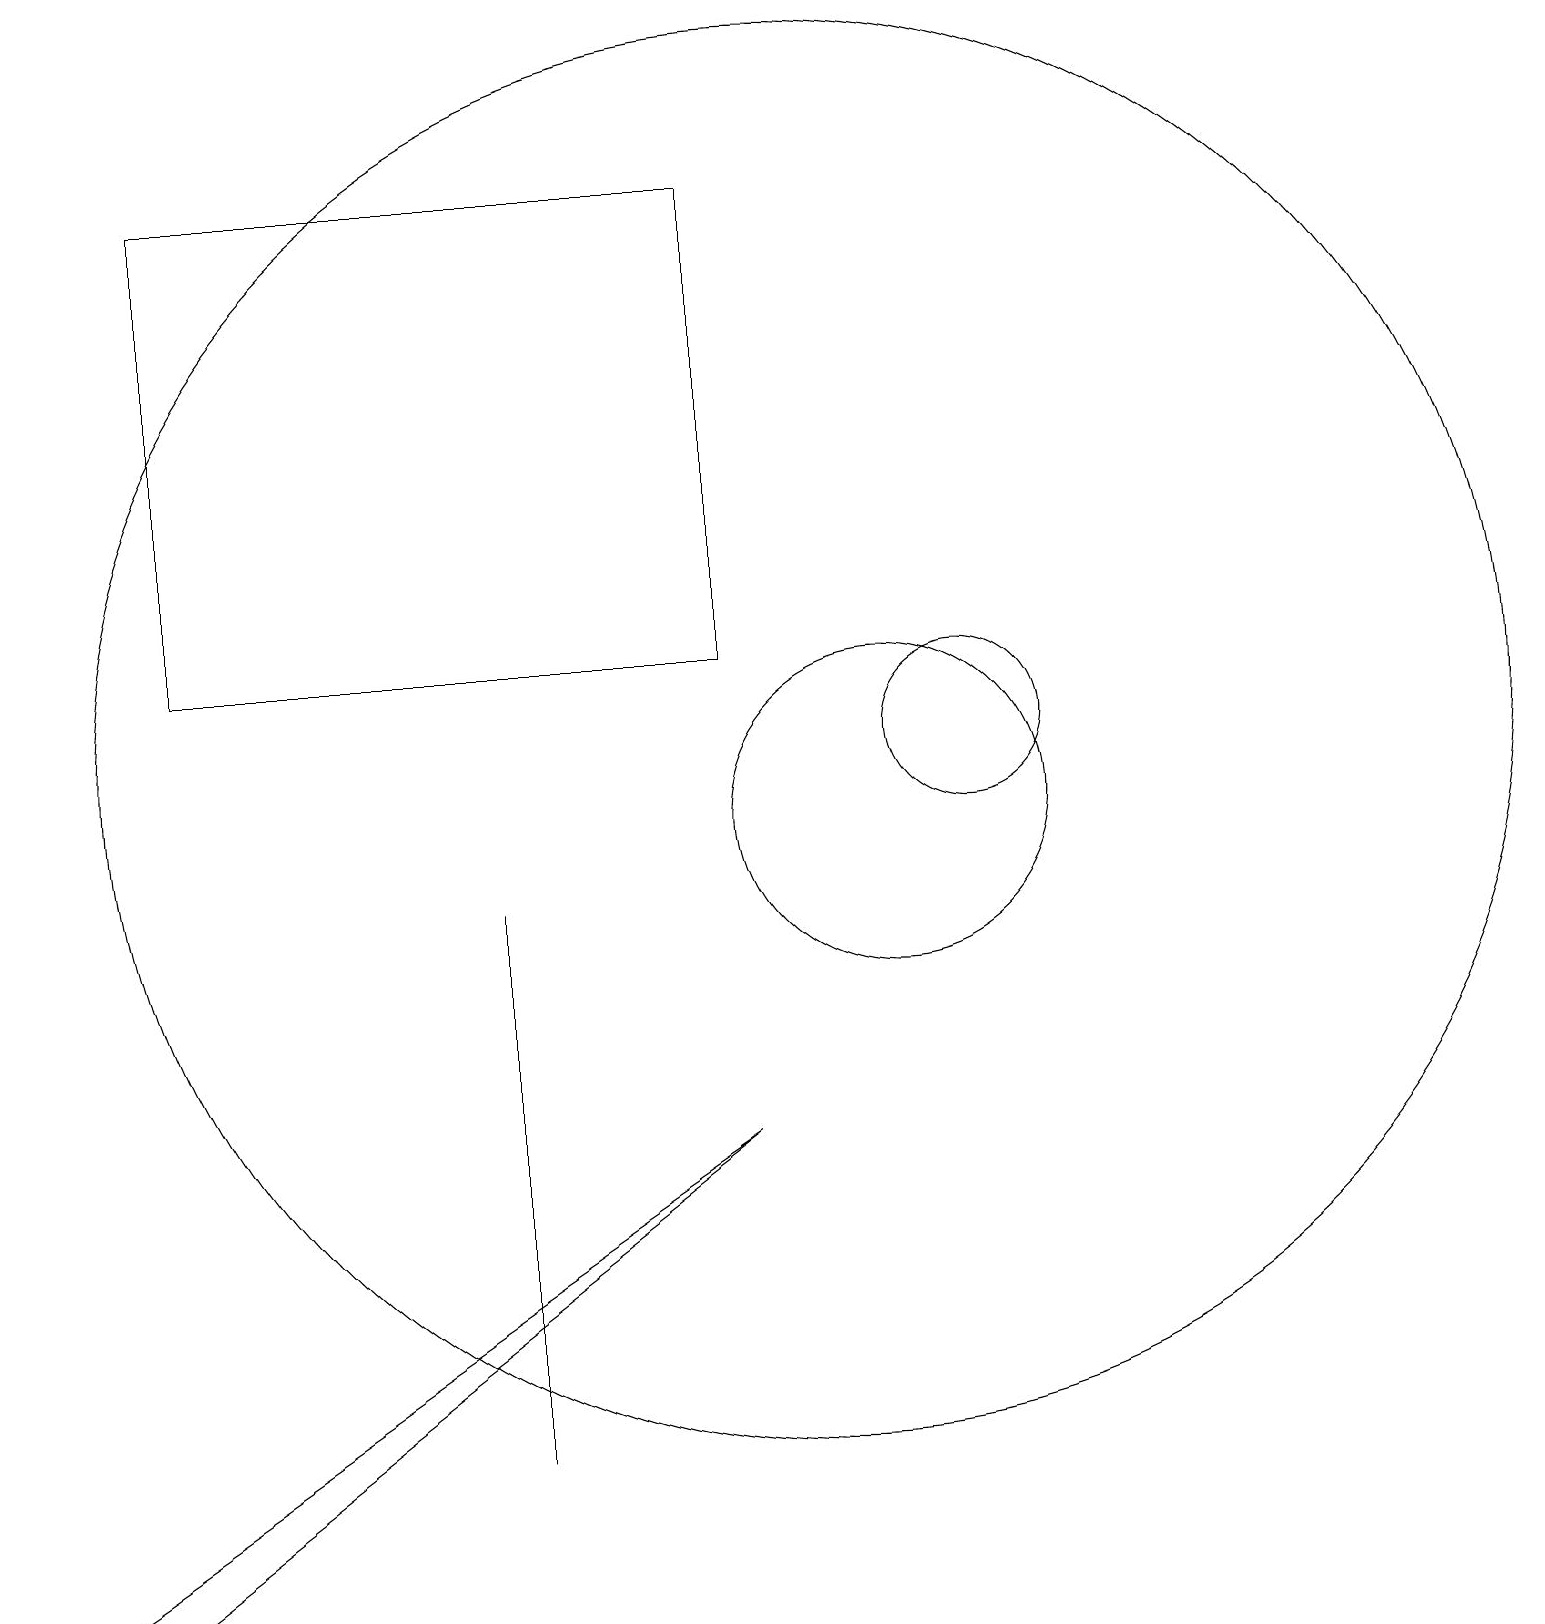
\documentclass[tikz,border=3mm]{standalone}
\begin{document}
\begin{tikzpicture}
\draw (11,10) circle (2);
\draw (10,11) circle (9);
\draw (12,11) circle (1);
\draw (9,12) rectangle (2,18);
\draw (6,4) -- (6,2) -- (6,9) -- cycle;
\draw (1,0) -- (9,6) -- (0,0) -- cycle;
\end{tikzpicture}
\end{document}